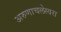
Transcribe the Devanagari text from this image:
अरुणाचलेस्वरा